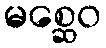
မစ္ဆေဝ